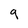
Character: 9